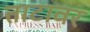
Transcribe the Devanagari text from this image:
ताटावर